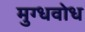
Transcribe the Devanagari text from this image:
मुग्धवोध